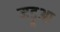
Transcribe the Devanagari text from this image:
मड़ूआ